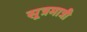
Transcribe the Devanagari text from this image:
सूत्रमात्री